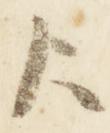
歟